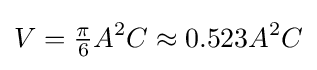
V={\tfrac {\pi }{6}}A^{2}C\approx 0.523A^{2}C